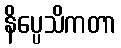
နိပ္ပေသိကတာ